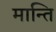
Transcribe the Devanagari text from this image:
मान्ति